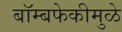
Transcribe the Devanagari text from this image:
बॉम्बफेकीमुळे